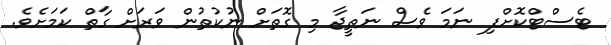
ޓެސްޓްކޮށްފި ނަމަ ވެސް ނަތީޖާ މި ގޮތަށް ނުކުތުން ވަރަށް ގާތް ކަމަށެވެ.